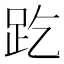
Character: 趷